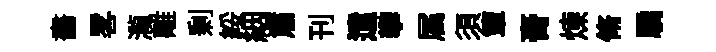
畵畧瀧離剰綏絪肅刊遣攀属須簟膏煉脩驕